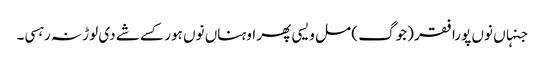
جنہاں نوں پورا فقر (جوگ ) مل ویسی پھر اوہناں نوں ہور کسے شے دی لوڑ نہ رہسی۔